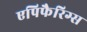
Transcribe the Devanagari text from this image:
एपिफैरिग्स